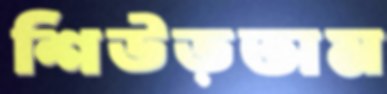
শিউড়তাম